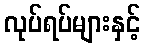
လုပ်ရပ်များနှင့်